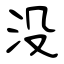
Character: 没